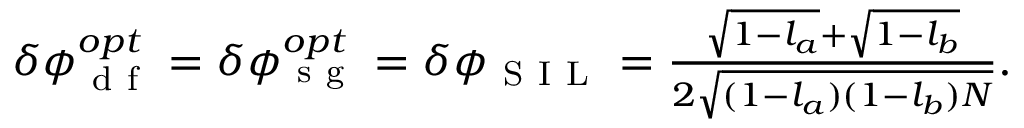
\begin{array} { r } { \delta \phi _ { \mathrm { ~ d ~ f ~ } } ^ { o p t } = \delta \phi _ { \mathrm { ~ s ~ g ~ } } ^ { o p t } = \delta \phi _ { \mathrm { ~ S ~ I ~ L ~ } } = \frac { \sqrt { 1 - l _ { a } } + \sqrt { 1 - l _ { b } } } { 2 \sqrt { ( 1 - l _ { a } ) ( 1 - l _ { b } ) N } } . } \end{array}